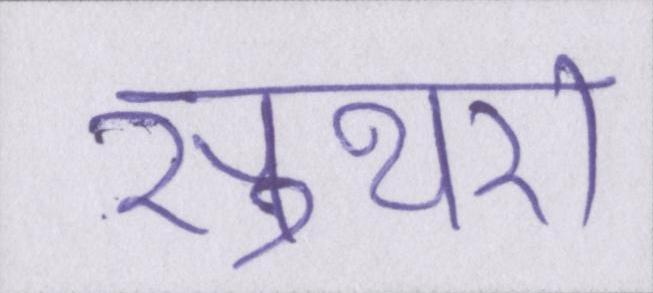
सुथरा